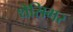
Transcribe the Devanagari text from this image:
थेसिगर